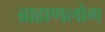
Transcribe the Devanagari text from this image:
ब्राह्मणलोग